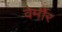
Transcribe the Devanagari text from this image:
वेर्मीर